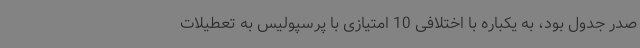
صدر جدول بود، به یکباره با اختلافی 10 امتیازی با پرسپولیس به تعطیلات